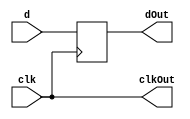
module register4bit
(
    input  [3:0] d,
	 input clk,
	 output [3:0] dOut,
    output  clkOut   
);
    reg [3:0] q;
       // Assignment on clock
    always @(posedge clk)
        q <= d;
      // LEDs
    assign dOut = q;
    assign clkOut = clk;
endmodule

module ram4bit_1(
 input  [3:0] d,
 input inpRAM,
 input inpAcc,
 input  clk,
 input [1:0]addr,
  
 //output [3:0] dOutR0,
 //output [3:0] dOutR1,
 output [3:0] muxOut,
 output [3:0] AccOut,
 //count
 //output [3:0] countOut,
 output reg [3:0] countOut,
 
 output clkOut  
); 
  
//reg [3:0] countOut ;  

wire [3:0] dOutR0;
wire [3:0] dOutR1;
wire [3:0] dOutR2;
wire [3:0] dOutR3;

//wire [1:0] demuxOut;
//assign demuxOut[0] = ~addr & clk;
//assign demuxOut[1] =  addr & clk;
wire [3:0] demuxOut;
assign demuxOut[0] = ~addr[1] & ~addr[0] & inpRAM;
assign demuxOut[1] = ~addr[1] &  addr[0] & inpRAM;
assign demuxOut[2] =  addr[1] & ~addr[0] & inpRAM;
assign demuxOut[3] =  addr[1] &  addr[0] & inpRAM; 


/*
my_dff trig0 (
.d(d),
.clk(clk),
.q_led(q_led[0])
);
*/
register4bit R0 (
.d(d),
.clk(demuxOut[0]),
.dOut(dOutR0)
);

register4bit R1 (
.d(d),
.clk(demuxOut[1]),
.dOut(dOutR1)
);
register4bit R2 (
.d(d),
.clk(demuxOut[2]),
.dOut(dOutR2)
);

register4bit R3 (
.d(d),
.clk(demuxOut[3]),
.dOut(dOutR3)
);

//assign muxOut = addr ? dOutR1 : dOutR0;
assign muxOut = addr [1]
        ? (addr [0] ? dOutR3 : dOutR2)
        : (addr [0] ? dOutR1 : dOutR0);
///
register4bit Acc (
.d(muxOut),
.clk(inpAcc),
.dOut(AccOut)
);		  

always @(posedge clk)
countOut <= countOut + 1;

	 assign  clkOut = clk;
endmodule